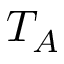
T _ { A }